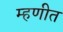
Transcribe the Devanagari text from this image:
म्हणीत